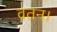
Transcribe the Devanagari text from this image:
वतन।